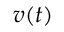
\boldsymbol { v } ( t )